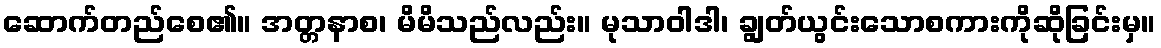
ဆောက်တည်စေ၏။ အတ္တနာစ၊ မိမိသည်လည်း။ မုသာဝါဒါ၊ ချွတ်ယွင်းသောစကားကိုဆိုခြင်းမှ။